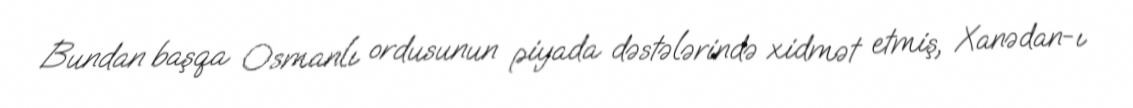
Bundan başqa Osmanlı ordusunun piyada dəstələrində xidmət etmiş, Xanədan-ı